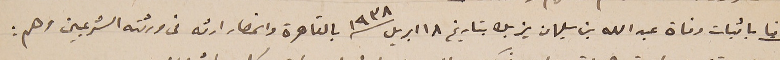
ثانيا باثبات وفاة عبدالله بن سليمان يزبك بتاريخ ١٨ ابريل ١٩٣٨ بالقاهره وانحصار ارثه من ورثته الشرعيين وهم :